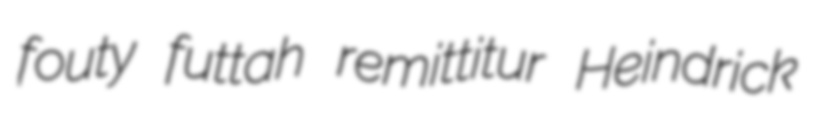
fouty futtah remittitur Heindrick